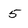
Character: 5